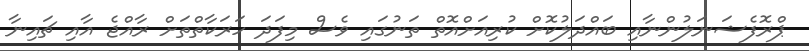
ޕްރޮފެޝަނަލުންނާއި ބައްދަލުކޮށް ކުރިއަށްއޮތް ތަނުގައި ވެސް މިފަދަ ހަރަކާތްތަށް ރާއްޖެ އާއި ޗައިނާ